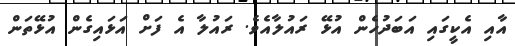
އާއި އެކީގައި އަބަދުހެން އުޅޭ ރައުލާއެވެ. ރައުލާ އެ ފަށް އަޅައިގެން އުޅޭތަން